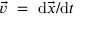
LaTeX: { \vec { v } } { \mathrm { ~ } } = { \mathrm { ~ d } } { \vec { x } } / { \mathrm { d } } t